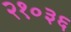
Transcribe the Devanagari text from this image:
२१०३६